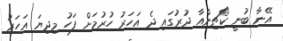
އޭނާ ބުނީ ކޯޗިންއާ ދުރުގައި ދެ އަހަރު ހުރުމަށް ފަހު މިދިޔަ އަހަރު